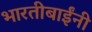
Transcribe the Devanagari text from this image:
भारतीबाईंनी